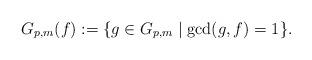
LaTeX: \begin{align*} G_{p,m}(f):=\{g\in G_{p,m} \mid \gcd(g,f)=1\}.\end{align*}